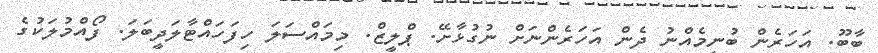
ބާބޫ. އަހަރެން ބުނީމެއްނު ދެން އަހަރެންނަށް ނުގުޅާށޭ. ޕްލީޒް. މިމައްސަލަ ހިފަހައްޓާލަދީބަލަ. ފޯއްމުލަކުގެ